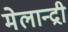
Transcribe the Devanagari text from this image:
मेलान्द्री